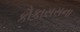
કૌકાસસના